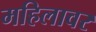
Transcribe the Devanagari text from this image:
महिलावर